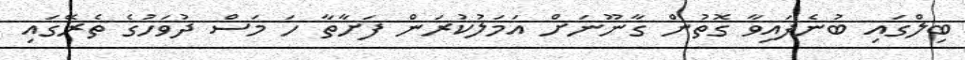
ބިލްގައި ބުނެފައިވާ ގޮތުން ގާނޫނަށް އަމަލުކުރަން ފަށާތާ ހަ މަސް ދުވަހުގެ ތެރޭގައި